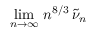
\operatorname* { l i m } _ { n \to \infty } \, n ^ { 8 / 3 } \, \tilde { \nu } _ { n }